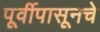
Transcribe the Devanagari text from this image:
पूर्वीपासूनचे